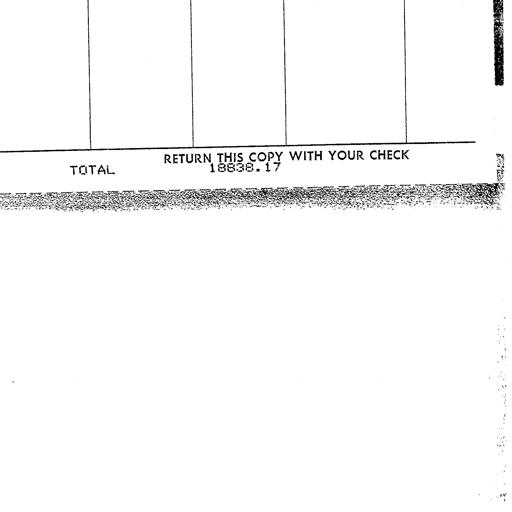
TOTAL
RETURN THIS COPY WITH YOUR CHECK
18838.17